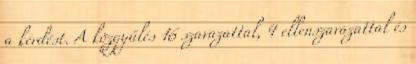
a kérdést. A közgyűlés 16 szavazattal, 4 ellenszavazattal és